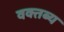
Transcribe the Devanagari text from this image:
वक्‍तब्‍य